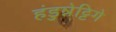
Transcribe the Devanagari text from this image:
हंडुन्नेट्टिगे